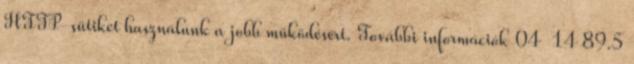
HTTP-sütiket használunk a jobb működésért. További információk 04 14 89.5